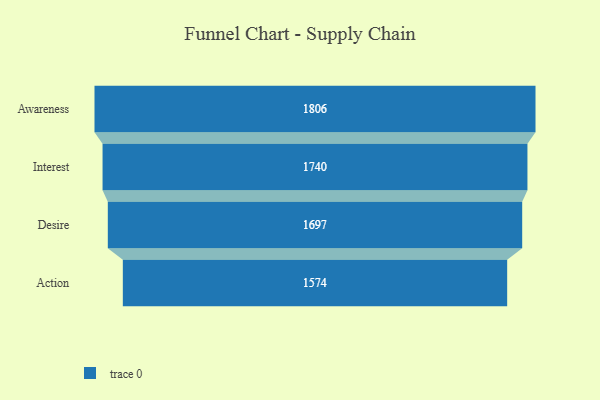
{"axis": {"x": "Stage", "y": "Value"}, "legend": [""], "data": [{"x": "Awareness", "y": 1806.0, "type": ""}, {"x": "Interest", "y": 1740.0, "type": ""}, {"x": "Desire", "y": 1697.0, "type": ""}, {"x": "Action", "y": 1574.0, "type": ""}]}